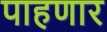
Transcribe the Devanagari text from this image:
पाहणार